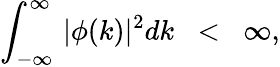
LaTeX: \int_{-\infty}^{\infty}\, |\phi(k)|^{2}dk\; \; <\; \; \infty,